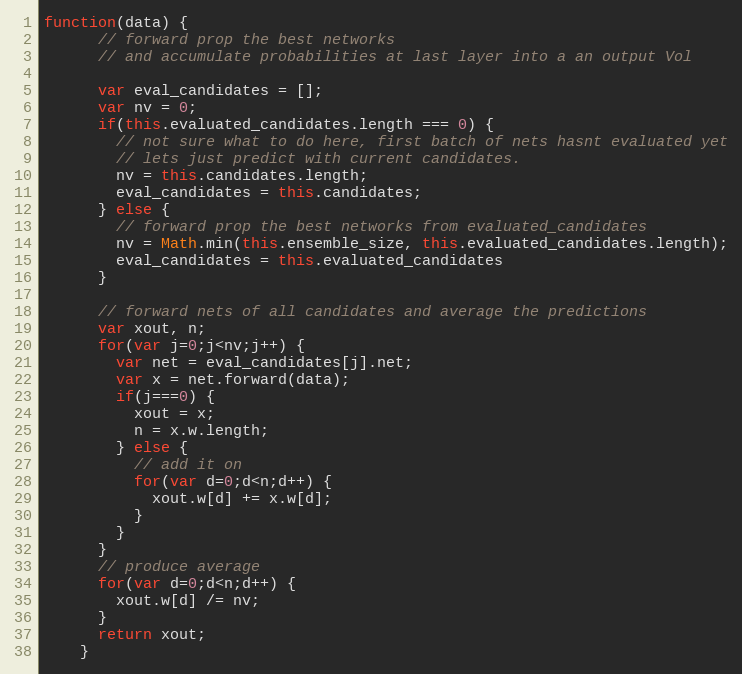
Language: JavaScript
function(data) {
      // forward prop the best networks
      // and accumulate probabilities at last layer into a an output Vol

      var eval_candidates = [];
      var nv = 0;
      if(this.evaluated_candidates.length === 0) {
        // not sure what to do here, first batch of nets hasnt evaluated yet
        // lets just predict with current candidates.
        nv = this.candidates.length;
        eval_candidates = this.candidates;
      } else {
        // forward prop the best networks from evaluated_candidates
        nv = Math.min(this.ensemble_size, this.evaluated_candidates.length);
        eval_candidates = this.evaluated_candidates
      }

      // forward nets of all candidates and average the predictions
      var xout, n;
      for(var j=0;j<nv;j++) {
        var net = eval_candidates[j].net;
        var x = net.forward(data);
        if(j===0) {
          xout = x;
          n = x.w.length;
        } else {
          // add it on
          for(var d=0;d<n;d++) {
            xout.w[d] += x.w[d];
          }
        }
      }
      // produce average
      for(var d=0;d<n;d++) {
        xout.w[d] /= nv;
      }
      return xout;
    }